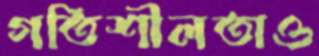
গতিশীলতাও